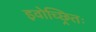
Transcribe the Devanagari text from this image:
इवोच्छ्रितः